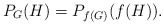
\begin{align*}P_G(H) = P_{f(G)}(f(H)).\end{align*}